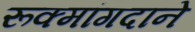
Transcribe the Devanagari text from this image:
रूक्मांगदाने